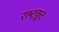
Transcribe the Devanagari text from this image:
राष्ट्कूट